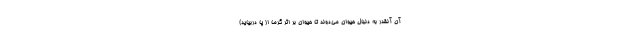
آن آنقدر به دنبال حیوان می‌دوند تا حیوان بر اثر گرما از پا دربیاید)